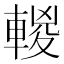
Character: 𨍈